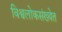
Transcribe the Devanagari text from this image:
विश्वलोकसंख्येत